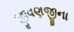
જીવણજીના